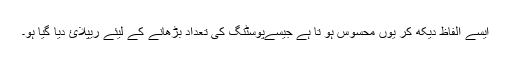
ایسے الفاظ دیکھ کر یوں محسوس ہو تا ہے جیسےپوسٹنگ کی تعداد بڑھانے کے لیئے ریپلائ دیا گیا ہو۔